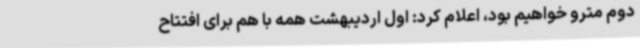
دوم مترو خواهیم بود، اعلام کرد: اول اردیبهشت همه با هم برای افتتاح